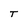
Character: T